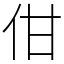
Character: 佄